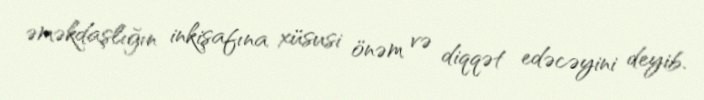
əməkdaşlığın inkişafına xüsusi önəm və diqqət edəcəyini deyib.